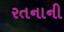
રતનાની